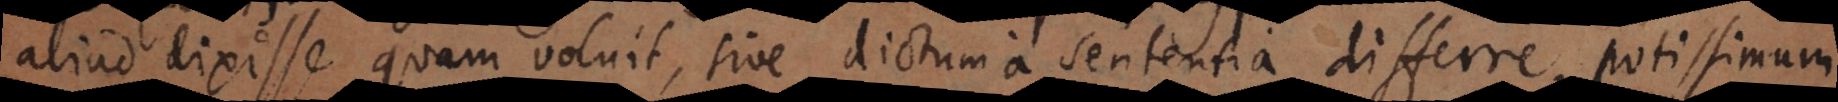
aliud dixisse quam voluit, sive dictum a sententia differre, potissimum